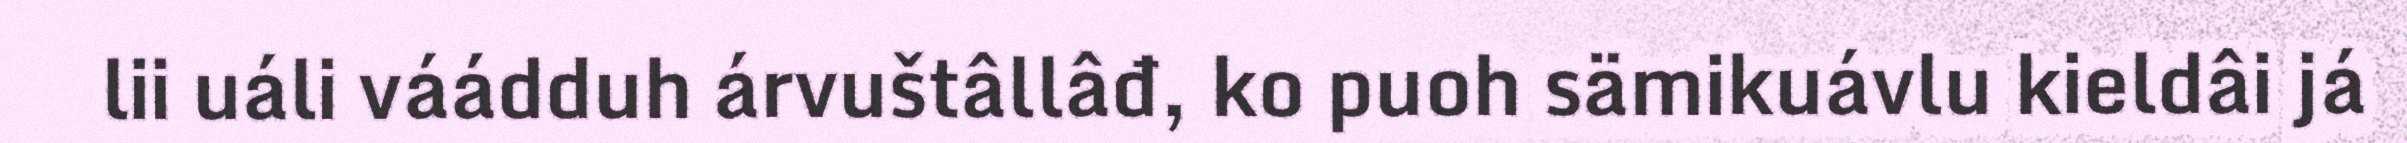
lii uáli váádduh árvuštâllâđ, ko puoh sämikuávlu kieldâi já